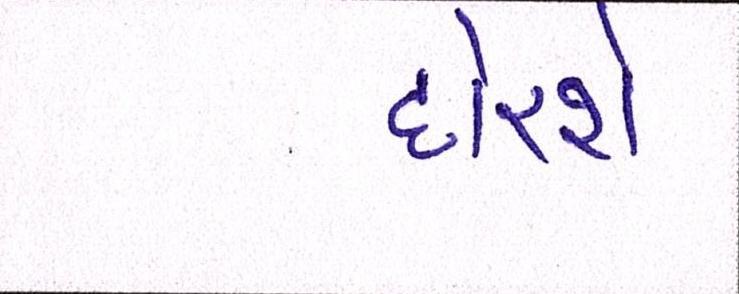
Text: દોરશે